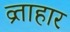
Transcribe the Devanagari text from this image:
व्र्ताहार